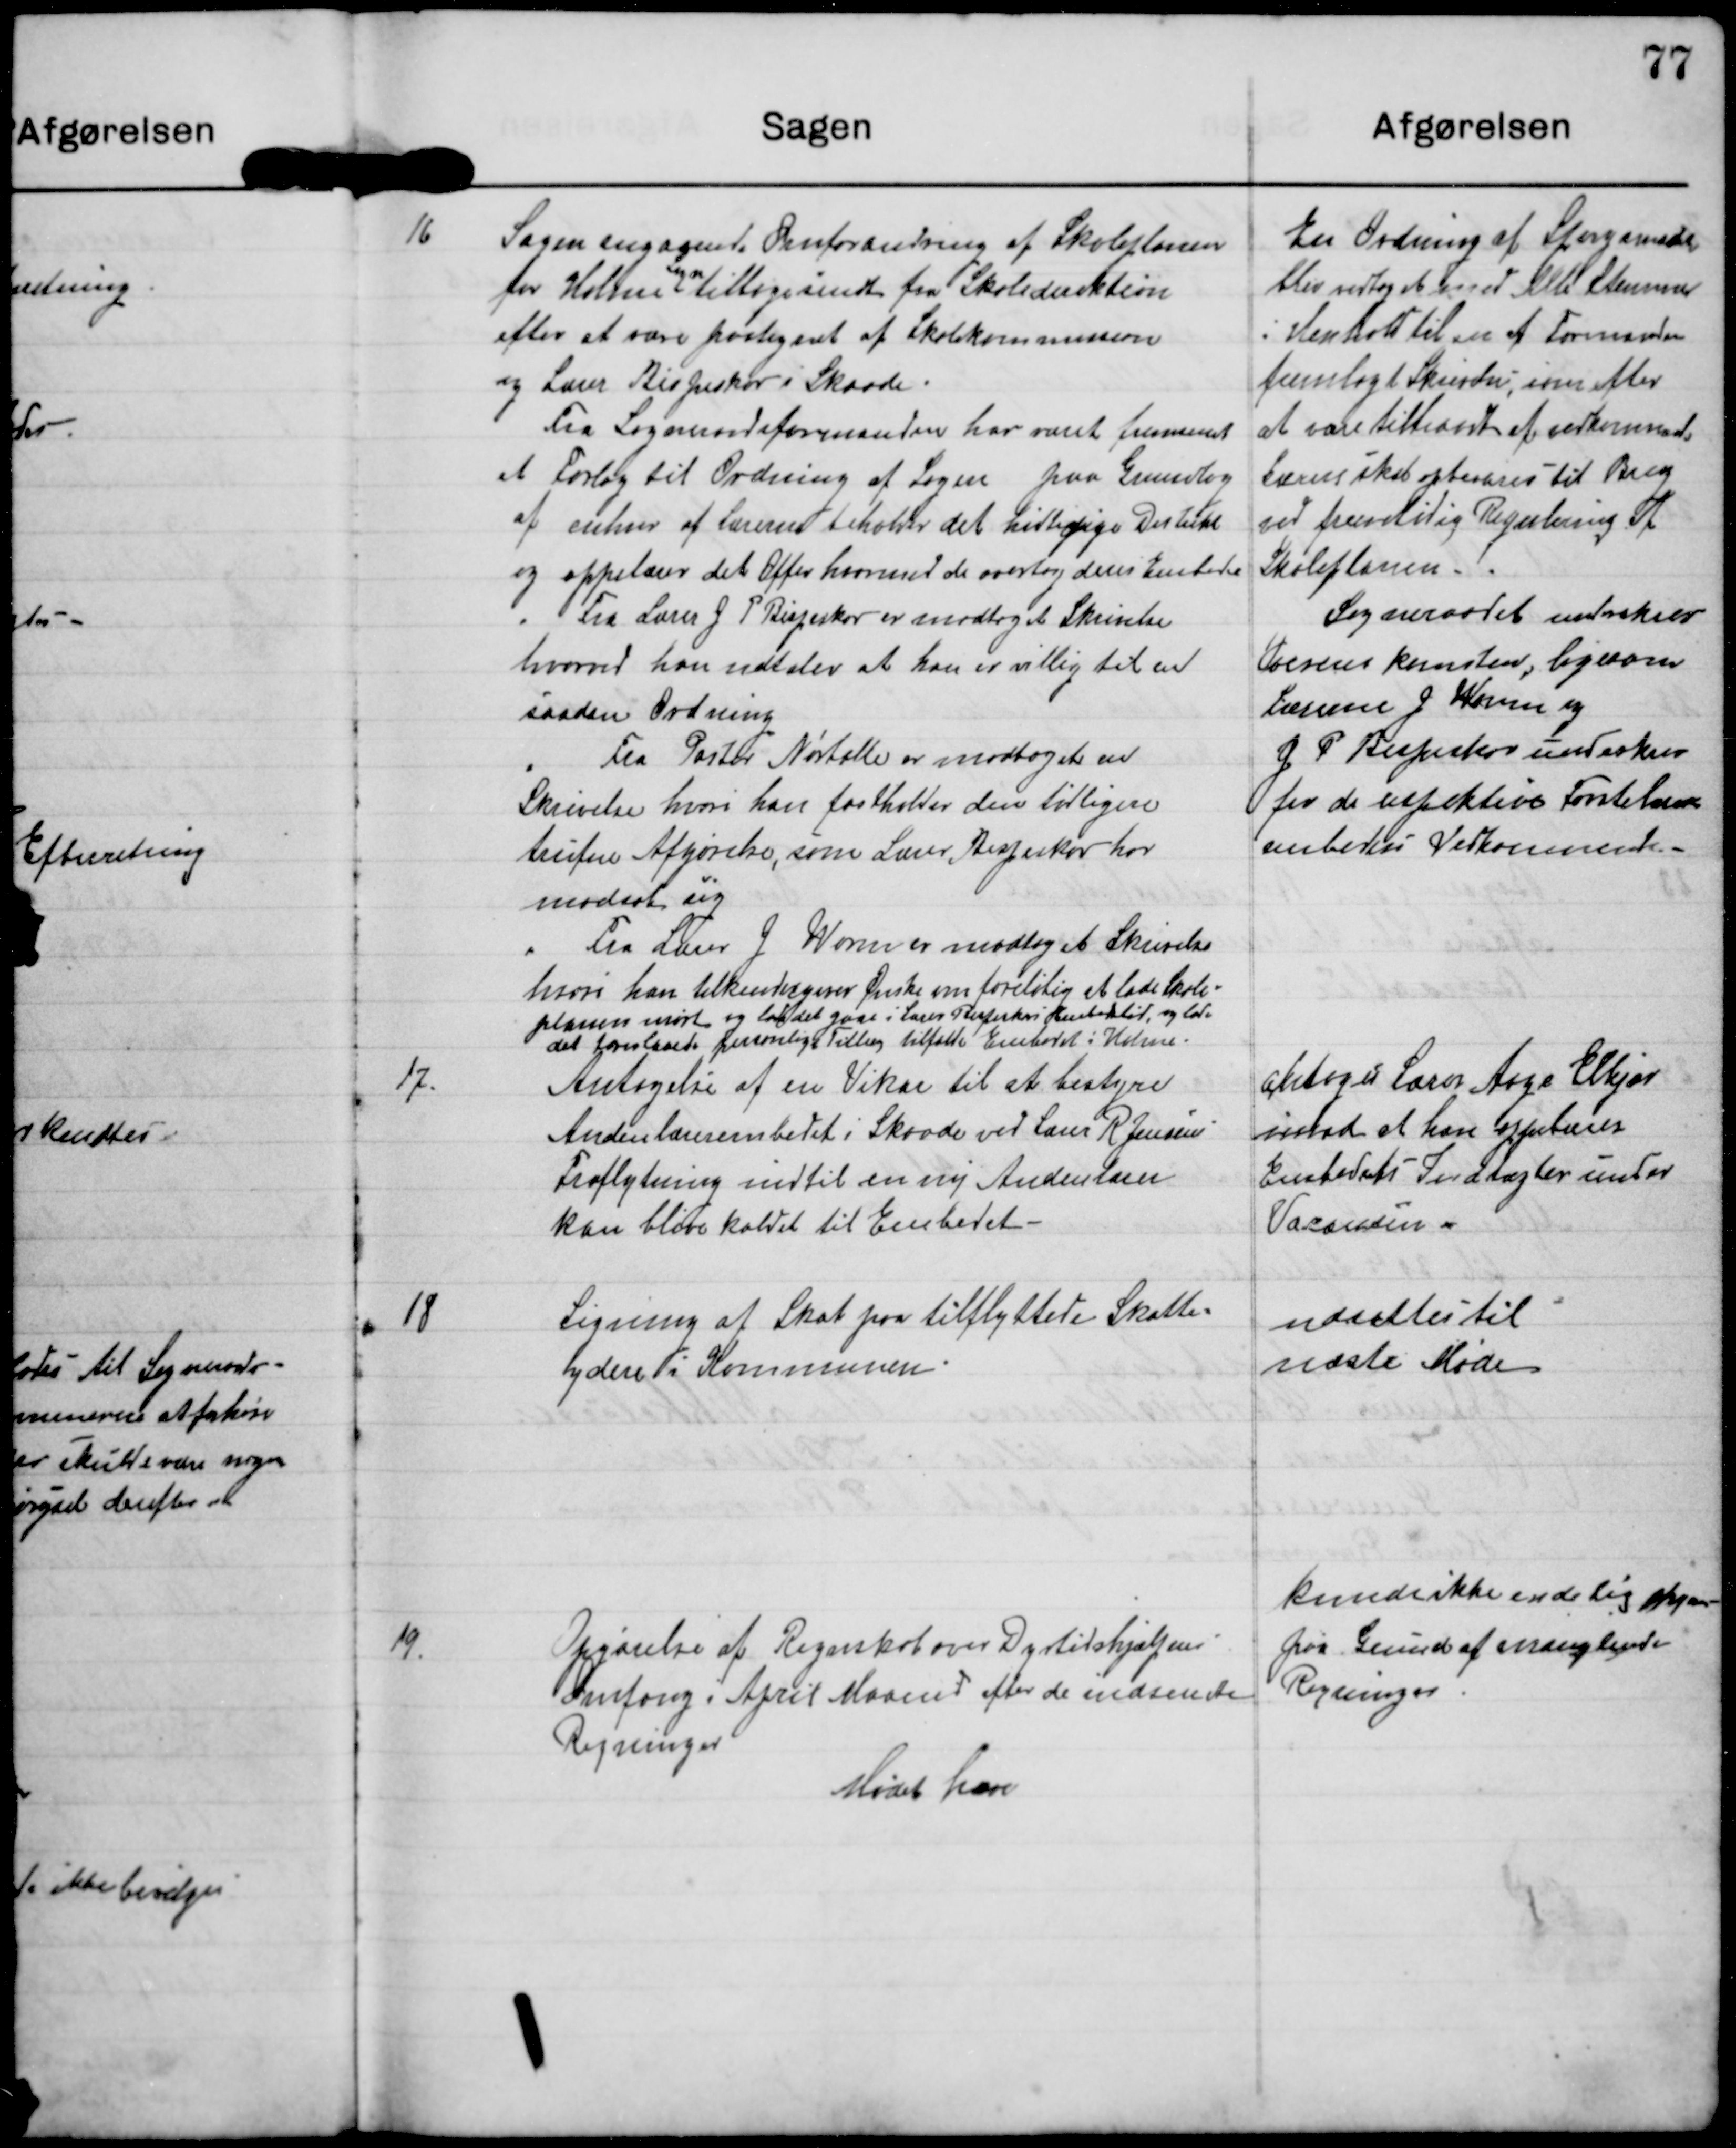
Transskription:
En Ordning af Spørgende
blev vedtaget med alle Stemmer
i Henhold til en af formanden
fremlagt Skrivelse, som efter
at være tiltraadt af vedkommende
Lærer skal opbevares til Brug
ved fremtidig Regulering af
Skoleplanen.
Sogneraadet ved
Toerens kunsten, ligesom
Lærerne J Worm og
G P Bispeskov underskrev
for de respektive Førstelæreres
embeders Vedkommende.

16 Sagen angaaende Omforandring af Skoleplanen
for Holme Sogn tilbagesendtes fra Skoledirektion
efter at være paategnet af Skolekommision
og Lærer Bispeskov i Skaade.
Fra Sogneraadsformanden har været fremsat
et Forslag til Ordning af Sagen paa Grundlag
at enhver af Lærerne beholder det hidtidige D
og oppebærer det Offer hvormed de overtog deres Embeder
Fra Lærer J P Bispeskov er modtaget Skrivelse
hvorved han udtaler at han er villig til en
saadan Ordning
Fra Pastor Nørtaller er modtaget en
Skrivelse hvori han fastholder den tidligere
trufne Afgørelse, som Lærer Bispeskov har
modsat sig
Fra Lærer J Worm er modtaget Skrivelse
hvori han tilkendegiver Ønske om foreløbig at lade Skole-
planen m og ladet gaa i Lærer R og lade
det foreslaaede personlige Tillæg tilfalde Embedet i Holme

antoges Lærer Aage Elkjær
imod at han oppebærer
Embedets Indtægter under
Vacanten.

17.
Antagelse af en Vikar til at bestyre
Andenlærerembedet i Skaade ved Lærer R Jensens
Fraflytning indtil en ny Andenlærer
kan blive kaldet til Embedet.

18
Ligning af Skat paa tilflyttede Skatte-
ydere i Kommunen.

udsattes til
næste Møde

kunde ikke endelig hj
paa Grund af manglende
Regninger

19.
Opgørelse af Regnskab over Dyrtidshjælpens
Omgang i April Maaned efter de indsendte
Regninger

Mødet hæves